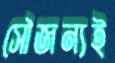
সৌজন্যই